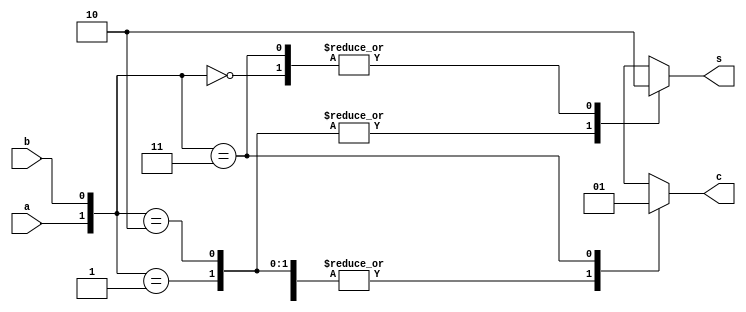
`timescale 1ns / 1ps
//////////////////////////////////////////////////////////////////////////////////
// Company: 
// Engineer: 
// 
// Design Name: 
// Module Name: halfAdderWithCaseStatement
// Project Name: 
// Target Devices: 
// Tool Versions: 
// Description: 
// 
// Dependencies: 
// 
// Revision:
// Revision 0.01 - File Created
// Additional Comments:
// 
//////////////////////////////////////////////////////////////////////////////////


module halfAdderWithCaseStatement(
    input a, b, output reg s, c
    );
    //always   reg      output reg  .
always @(*) begin
    case ({a, b})
        2'b00: begin 
            c = 1'b0; 
            s = 1'b0;
        end
        2'b01: begin 
            c = 1'b0; 
            s = 1'b1;
        end
        2'b10: begin 
            c = 1'b0; 
            s = 1'b1;
        end
        2'b11: begin 
            c = 1'b1; 
            s = 1'b0;
        end
    endcase
end
endmodule